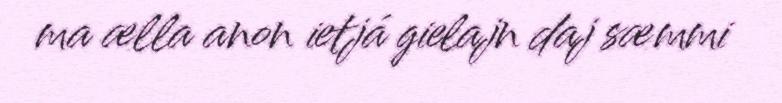
ma ælla anon ietjá gielajn daj sæmmi